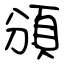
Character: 頒